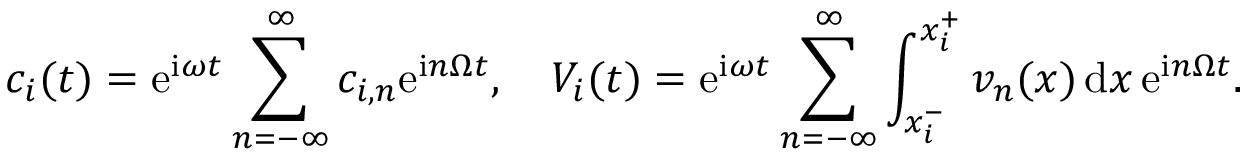
c _ { i } ( t ) = \mathrm { e } ^ { \mathrm { i } \omega t } \sum _ { n = - \infty } ^ { \infty } c _ { i , n } \mathrm { e } ^ { \mathrm { i } n \Omega t } , \quad V _ { i } ( t ) = \mathrm { e } ^ { \mathrm { i } \omega t } \sum _ { n = - \infty } ^ { \infty } \int _ { x _ { i } ^ { - } } ^ { x _ { i } ^ { + } } v _ { n } ( x ) \, \mathrm { d } x \, \mathrm { e } ^ { \mathrm { i } n \Omega t } .